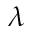
\lambda